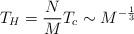
LaTeX: \begin{align*}T_H = \frac{N}{M} T_c \sim M^{- \frac{1}{3}}\end{align*}